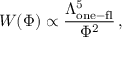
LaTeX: { \cal W } ( \Phi ) \propto \frac { \Lambda _ { \mathrm { o n e - f l } } ^ { 5 } } { \Phi ^ { 2 } } \, ,